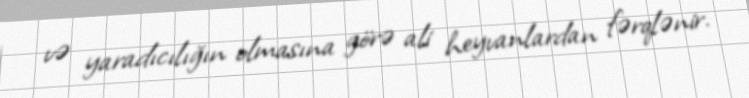
və yaradıcılığın olmasına görə ali heyvanlardan fərqlənir.